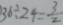
3 6 \div 2 4 = \frac { 3 } { 2 }